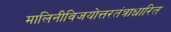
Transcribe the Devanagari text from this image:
मालिनीविजयोत्तरतंत्राधारित